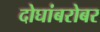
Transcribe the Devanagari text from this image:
दोघांबरोबर